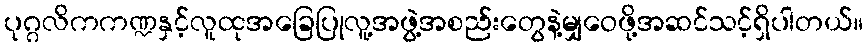
ပုဂ္ဂလိကကဏ္ဍနှင့်လူထုအခြေပြုလူ့အဖွဲ့အစည်းတွေနဲ့မျှဝေဖို့အဆင်သင့်ရှိပါတယ်။